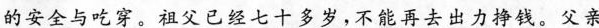
的安全与吃穿。祖父已经七十多岁，不能再去出力挣钱。父亲